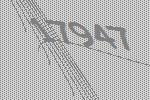
17947